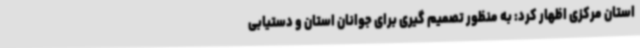
استان مرکزی اظهار کرد: به منظور تصمیم گیری برای جوانان استان و دستیابی